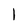
Character: 1